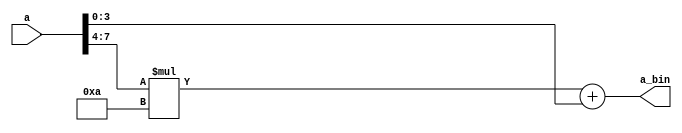
module bcd2bin (
    input wire [7:0] a,
    // input wire [7:0] b,

    output wire [7:0] a_bin
    // output wire [7:0] b_bin
);

wire [3:0] a_units, b_units, a_tens, b_tens;
wire [7:0] res_a, res_b;

assign a_units = a[3:0];
assign a_tens  = a[7:4];
// assign b_units = b[3:0];
// assign b_tens  = b[7:4];

assign a_bin = (a_tens * 4'd10) + a_units;
// assign b_bin = (b_tens * 4'd10) + b_units;

// ved4x4 a0 (.multiplicand(a_tens), .multiplier(4'd10), .result(res_a));
// ved4x4 b0 (.multiplicand(b_tens), .multiplier(4'd10), .result(res_b));
// cla_adder #(8) add0 (.in_1(res_a), .in_2({4'b0000,a_units}), .carry_in(1'b0), .sum(a_bin),.carry_out());
// cla_adder #(8) add1 (.in_1(res_b), .in_2({4'b0000,b_units}), .carry_in(1'b0), .sum(b_bin),.carry_out());

endmodule